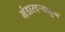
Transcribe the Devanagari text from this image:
भंडारदऱ्याहुन